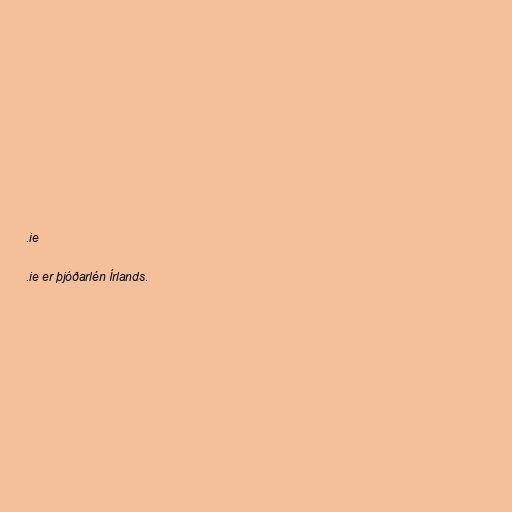
.ie

.ie er þjóðarlén Írlands.